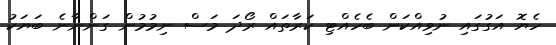
ހެޔޮ އަގުގައި ނުވިއްކަން ބެހެއްޓި ކަރާތައް ރޯދަ މަސް ނިމުމުން ގަންނާނެ ބަޔަކު